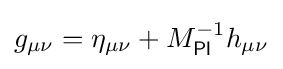
g_{\mu \nu }=\eta _{\mu \nu }+M_{\mathsf {Pl}}^{-1}h_{\mu \nu }